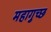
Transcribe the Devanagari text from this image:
महागुच्छ